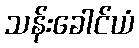
သန်းခေါင်ယံ